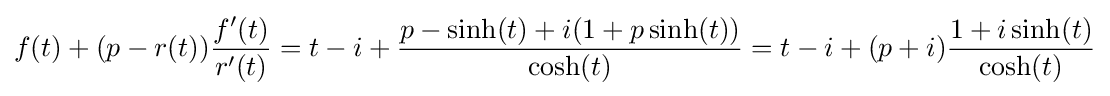
f(t)+(p-r(t)){f'(t) \over r'(t)}=t-i+{p-\sinh(t)+i(1+p\sinh(t)) \over \cosh(t)}=t-i+(p+i){1+i\sinh(t) \over \cosh(t)}